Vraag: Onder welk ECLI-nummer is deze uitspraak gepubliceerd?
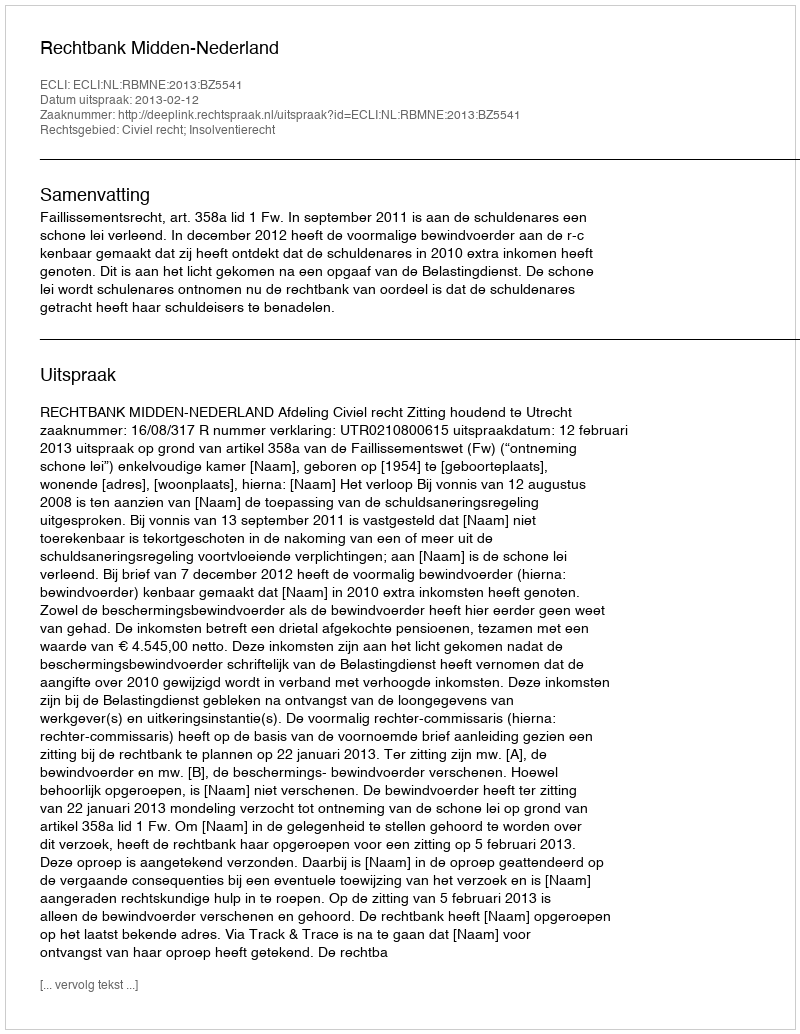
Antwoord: ECLI:NL:RBMNE:2013:BZ5541